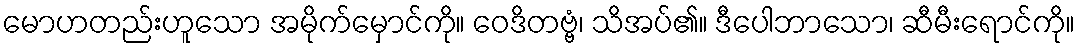
မောဟတည်းဟူသော အမိုက်မှောင်ကို။ ဝေဒိတဗ္ဗံ၊ သိအပ်၏။ ဒီပေါဘာသော၊ ဆီမီးရောင်ကို။